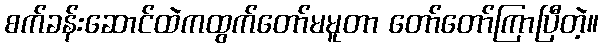
စက်ခန်းဆောင်ထဲကထွက်တော်မမူတာ တော်တော်ကြာပြီတဲ့။